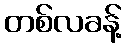
တစ်လခန့်